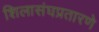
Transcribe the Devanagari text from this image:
शिलासंघप्रतारणे